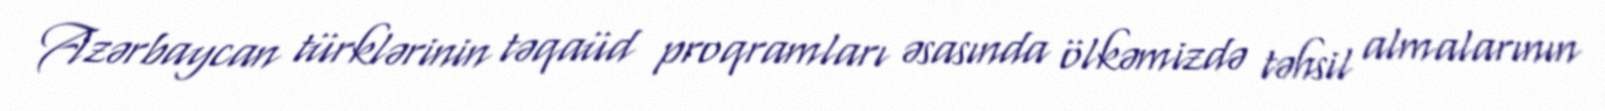
Azərbaycan türklərinin təqaüd proqramları əsasında ölkəmizdə təhsil almalarının